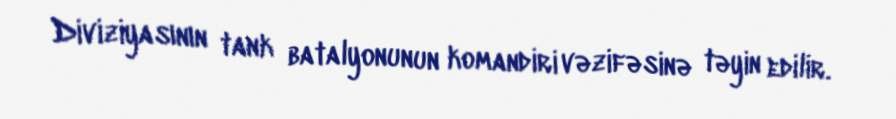
Diviziyasının tank batalyonunun komandiri vəzifəsinə təyin edilir.